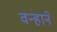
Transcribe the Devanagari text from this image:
वन्हानें